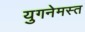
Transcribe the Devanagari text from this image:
युगनेमस्त